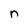
Character: n